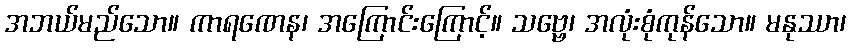
အဘယ်မည်သော။ ကာရဏေန၊ အကြောင်းကြောင့်။ သဗ္ဗေ၊ အလုံးစုံကုန်သော။ မနုဿာ၊